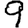
Digit: 9